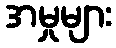
အမှုများ